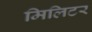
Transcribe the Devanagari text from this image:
मिलिटर